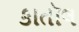
કાતૉલ